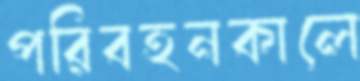
পরিবহনকালে